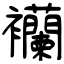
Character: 襽